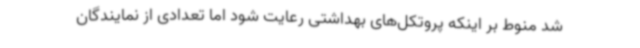
شد منوط بر اینکه پروتکل‌های بهداشتی رعایت شود اما تعدادی از نمایندگان